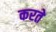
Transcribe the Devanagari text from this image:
करते